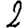
Digit: 2